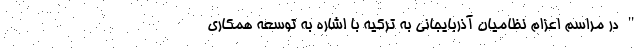
" در مراسم اعزام نظامیان آذربایجانی به ترکیه با اشاره به توسعه همکاری